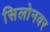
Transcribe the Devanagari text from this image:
सिलोनवर